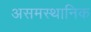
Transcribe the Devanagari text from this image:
असमस्थानिक